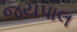
જયપાલ